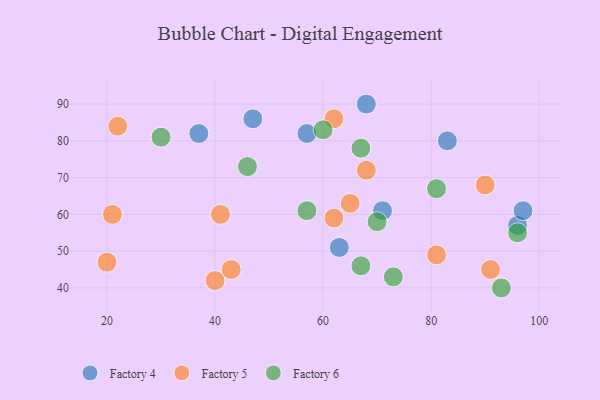
{"axis": {"x": "GDP", "y": "Life Expectancy"}, "legend": ["Factory 4", "Factory 5", "Factory 6"], "data": [{"x": "96", "y": 57, "type": "Factory 4"}, {"x": "83", "y": 80, "type": "Factory 4"}, {"x": "63", "y": 51, "type": "Factory 4"}, {"x": "57", "y": 82, "type": "Factory 4"}, {"x": "97", "y": 61, "type": "Factory 4"}, {"x": "37", "y": 82, "type": "Factory 4"}, {"x": "47", "y": 86, "type": "Factory 4"}, {"x": "71", "y": 61, "type": "Factory 4"}, {"x": "68", "y": 90, "type": "Factory 4"}, {"x": "22", "y": 84, "type": "Factory 5"}, {"x": "40", "y": 42, "type": "Factory 5"}, {"x": "68", "y": 72, "type": "Factory 5"}, {"x": "41", "y": 60, "type": "Factory 5"}, {"x": "21", "y": 60, "type": "Factory 5"}, {"x": "91", "y": 45, "type": "Factory 5"}, {"x": "90", "y": 68, "type": "Factory 5"}, {"x": "81", "y": 49, "type": "Factory 5"}, {"x": "20", "y": 47, "type": "Factory 5"}, {"x": "43", "y": 45, "type": "Factory 5"}, {"x": "62", "y": 86, "type": "Factory 5"}, {"x": "65", "y": 63, "type": "Factory 5"}, {"x": "62", "y": 59, "type": "Factory 5"}, {"x": "67", "y": 78, "type": "Factory 6"}, {"x": "57", "y": 61, "type": "Factory 6"}, {"x": "81", "y": 67, "type": "Factory 6"}, {"x": "67", "y": 46, "type": "Factory 6"}, {"x": "30", "y": 81, "type": "Factory 6"}, {"x": "73", "y": 43, "type": "Factory 6"}, {"x": "46", "y": 73, "type": "Factory 6"}, {"x": "96", "y": 55, "type": "Factory 6"}, {"x": "70", "y": 58, "type": "Factory 6"}, {"x": "93", "y": 40, "type": "Factory 6"}, {"x": "60", "y": 83, "type": "Factory 6"}]}